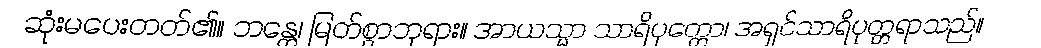
ဆုံးမပေးတတ်၏။ ဘန္တေ၊ မြတ်စွာဘုရား။ အာယသ္မာ သာရိပုတ္တော၊ အရှင်သာရိပုတ္တရာသည်။